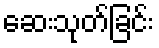
ဆေးသုတ်ခြင်း